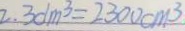
2 . 3 0 d m ^ { 3 } = 2 3 0 0 c m ^ { 3 }